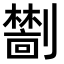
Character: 𫦜